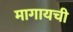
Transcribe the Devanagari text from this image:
मागायची